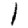
Digit: 1